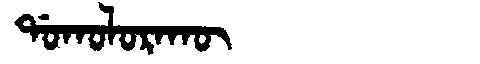
Manchu: ᡩᠣᡴᠣᠯᠣᡵᠠᡴᡡ
Romanization: DOKOLORAKŪ